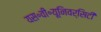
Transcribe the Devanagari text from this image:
यस॰वी॰यूनिवर्सिटी